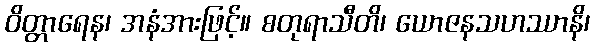
ဝိတ္တာရေန၊ အနံအားဖြင့်။ စတုရာသီတိ၊ ယောဇနသဟဿာနိ၊